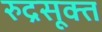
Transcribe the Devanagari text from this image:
रुद्रसूक्त